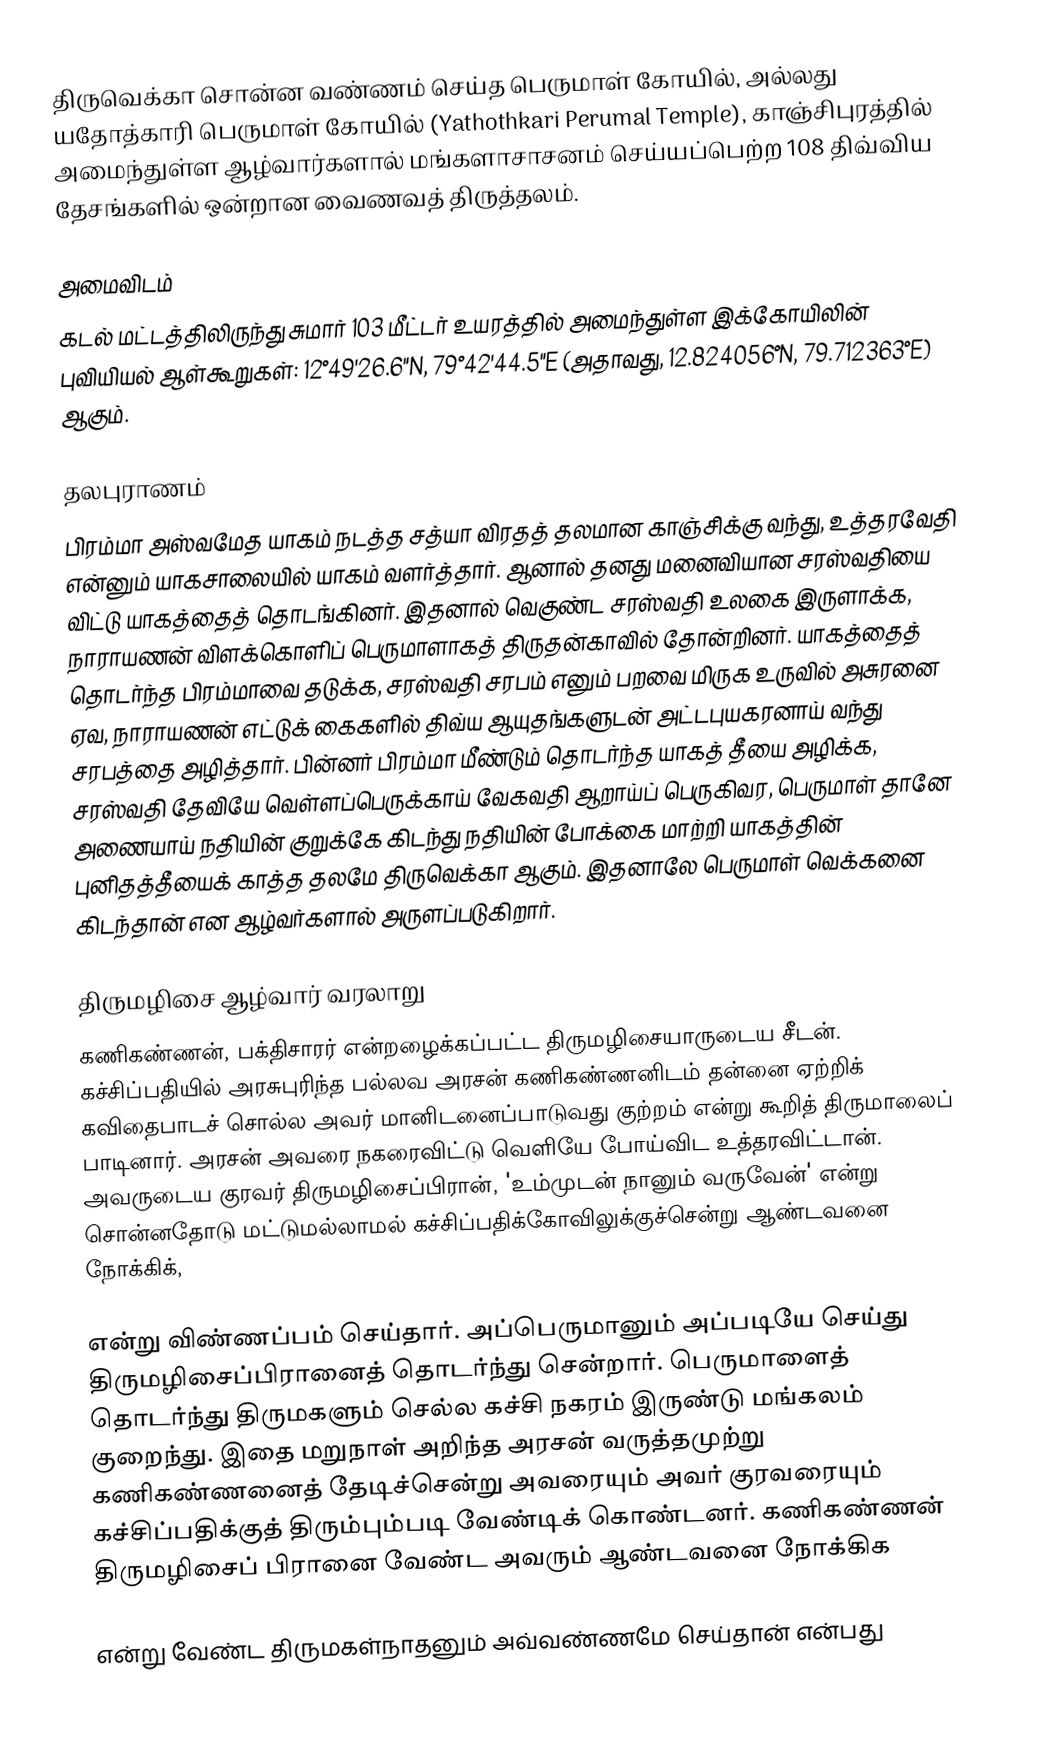
திருவெக்கா சொன்ன வண்ணம் செய்த பெருமாள் கோயில், அல்லது யதோத்காரி பெருமாள் கோயில் (Yathothkari Perumal Temple), காஞ்சிபுரத்தில் அமைந்துள்ள ஆழ்வார்களால் மங்களாசாசனம் செய்யப்பெற்ற 108 திவ்விய தேசங்களில் ஒன்றான வைணவத் திருத்தலம்.

அமைவிடம்
கடல் மட்டத்திலிருந்து சுமார் 103 மீட்டர் உயரத்தில் அமைந்துள்ள இக்கோயிலின் புவியியல் ஆள்கூறுகள்: 12°49'26.6"N, 79°42'44.5"E (அதாவது, 12.824056°N, 79.712363°E) ஆகும்.

தலபுராணம்
பிரம்மா அஸ்வமேத யாகம் நடத்த சத்யா விரதத் தலமான காஞ்சிக்கு வந்து, உத்தரவேதி என்னும் யாகசாலையில் யாகம் வளர்த்தார். ஆனால் தனது மனைவியான சரஸ்வதியை  விட்டு யாகத்தைத் தொடங்கினர். இதனால் வெகுண்ட சரஸ்வதி உலகை இருளாக்க, நாராயணன் விளக்கொளிப் பெருமாளாகத் திருதன்காவில் தோன்றினர். யாகத்தைத் தொடர்ந்த பிரம்மாவை தடுக்க, சரஸ்வதி சரபம் எனும் பறவை மிருக உருவில் அசுரனை ஏவ, நாராயணன் எட்டுக் கைகளில் திவ்ய ஆயுதங்களுடன் அட்டபுயகரனாய் வந்து சரபத்தை அழித்தார். பின்னர் பிரம்மா மீண்டும் தொடர்ந்த யாகத் தீயை அழிக்க, சரஸ்வதி தேவியே வெள்ளப்பெருக்காய் வேகவதி ஆறாய்ப் பெருகிவர, பெருமாள் தானே அணையாய் நதியின் குறுக்கே கிடந்து நதியின் போக்கை மாற்றி யாகத்தின் புனிதத்தீயைக் காத்த தலமே திருவெக்கா ஆகும். இதனாலே பெருமாள் வெக்கனை கிடந்தான் என ஆழ்வர்களால் அருளப்படுகிறார்.

திருமழிசை ஆழ்வார் வரலாறு
கணிகண்ணன், பக்திசாரர் என்றழைக்கப்பட்ட திருமழிசையாருடைய சீடன். கச்சிப்பதியில் அரசுபுரிந்த பல்லவ அரசன் கணிகண்ணனிடம் தன்னை ஏற்றிக் கவிதைபாடச் சொல்ல அவர் மானிடனைப்பாடுவது குற்றம் என்று கூறித் திருமாலைப் பாடினார். அரசன் அவரை நகரைவிட்டு வெளியே போய்விட உத்தரவிட்டான். அவருடைய குரவர் திருமழிசைப்பிரான், 'உம்முடன் நானும் வருவேன்' என்று சொன்னதோடு மட்டுமல்லாமல் கச்சிப்பதிக்கோவிலுக்குச்சென்று ஆண்டவனை நோக்கிக்,

என்று விண்ணப்பம் செய்தார். அப்பெருமானும் அப்படியே செய்து திருமழிசைப்பிரானைத் தொடர்ந்து சென்றார். பெருமாளைத் தொடர்ந்து திருமகளும் செல்ல கச்சி நகரம் இருண்டு மங்கலம் குறைந்து. இதை மறுநாள் அறிந்த அரசன் வருத்தமுற்று கணிகண்ணனைத் தேடிச்சென்று அவரையும் அவர் குரவரையும் கச்சிப்பதிக்குத் திரும்பும்படி வேண்டிக் கொண்டனர். கணிகண்ணன் திருமழிசைப் பிரானை வேண்ட அவரும் ஆண்டவனை நோக்கிக

என்று வேண்ட திருமகள்நாதனும் அவ்வண்ணமே செய்தான் என்பது